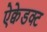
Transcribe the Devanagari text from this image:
ऐक्वेडक्ट